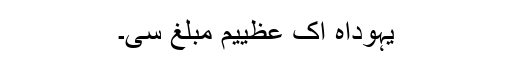
یہوداہ اِک عظییم مبلغ سی۔